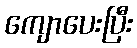
ကျောပေးပြီး